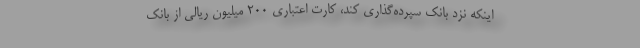
اینکه نزد بانک سپرده‌گذاری کند، کارت اعتباری 200 میلیون ریالی از بانک